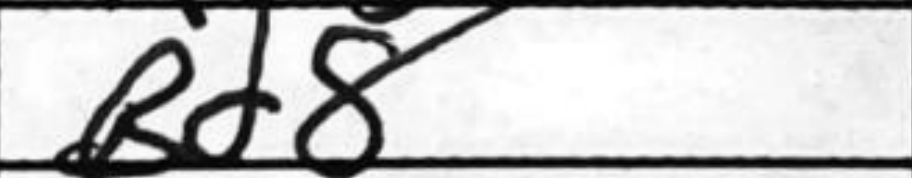
Transcription: Bd8